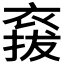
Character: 𧛌